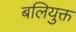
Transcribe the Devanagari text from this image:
बलियुक्त